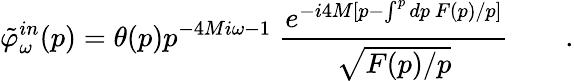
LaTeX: \tilde{\varphi}_{\omega}^{in}(p)=\theta(p)p^{-4Mi\omega-1}\; {\frac{e^{-i4M[p-\int^{p}dp\ F(p)/p]}}{\sqrt{F(p)/p}}}\qquad.